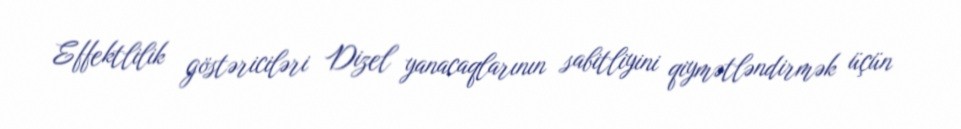
Effektlilik göstəriciləri Dizel yanacaqlarının sabitliyini qiymətləndirmək üçün